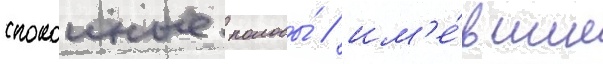
спокоиные полосы́ / им'е́вшие